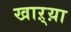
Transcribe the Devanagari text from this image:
खाऱ्य़ा